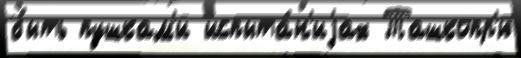
быть пушкам'и испыта́н'иjах Ташкопр'ю